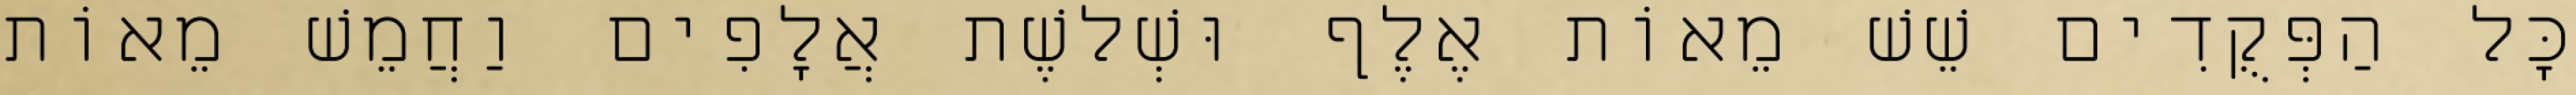
כָּל הַפְּקֻדִים שֵׁשׁ מֵאוֹת אֶלֶף וּשְׁלשֶׁת אֲלָפִים וַחֲמֵשׁ מֵאוֹת